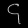
Digit: ၄